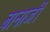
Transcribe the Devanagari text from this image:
बानार्जी